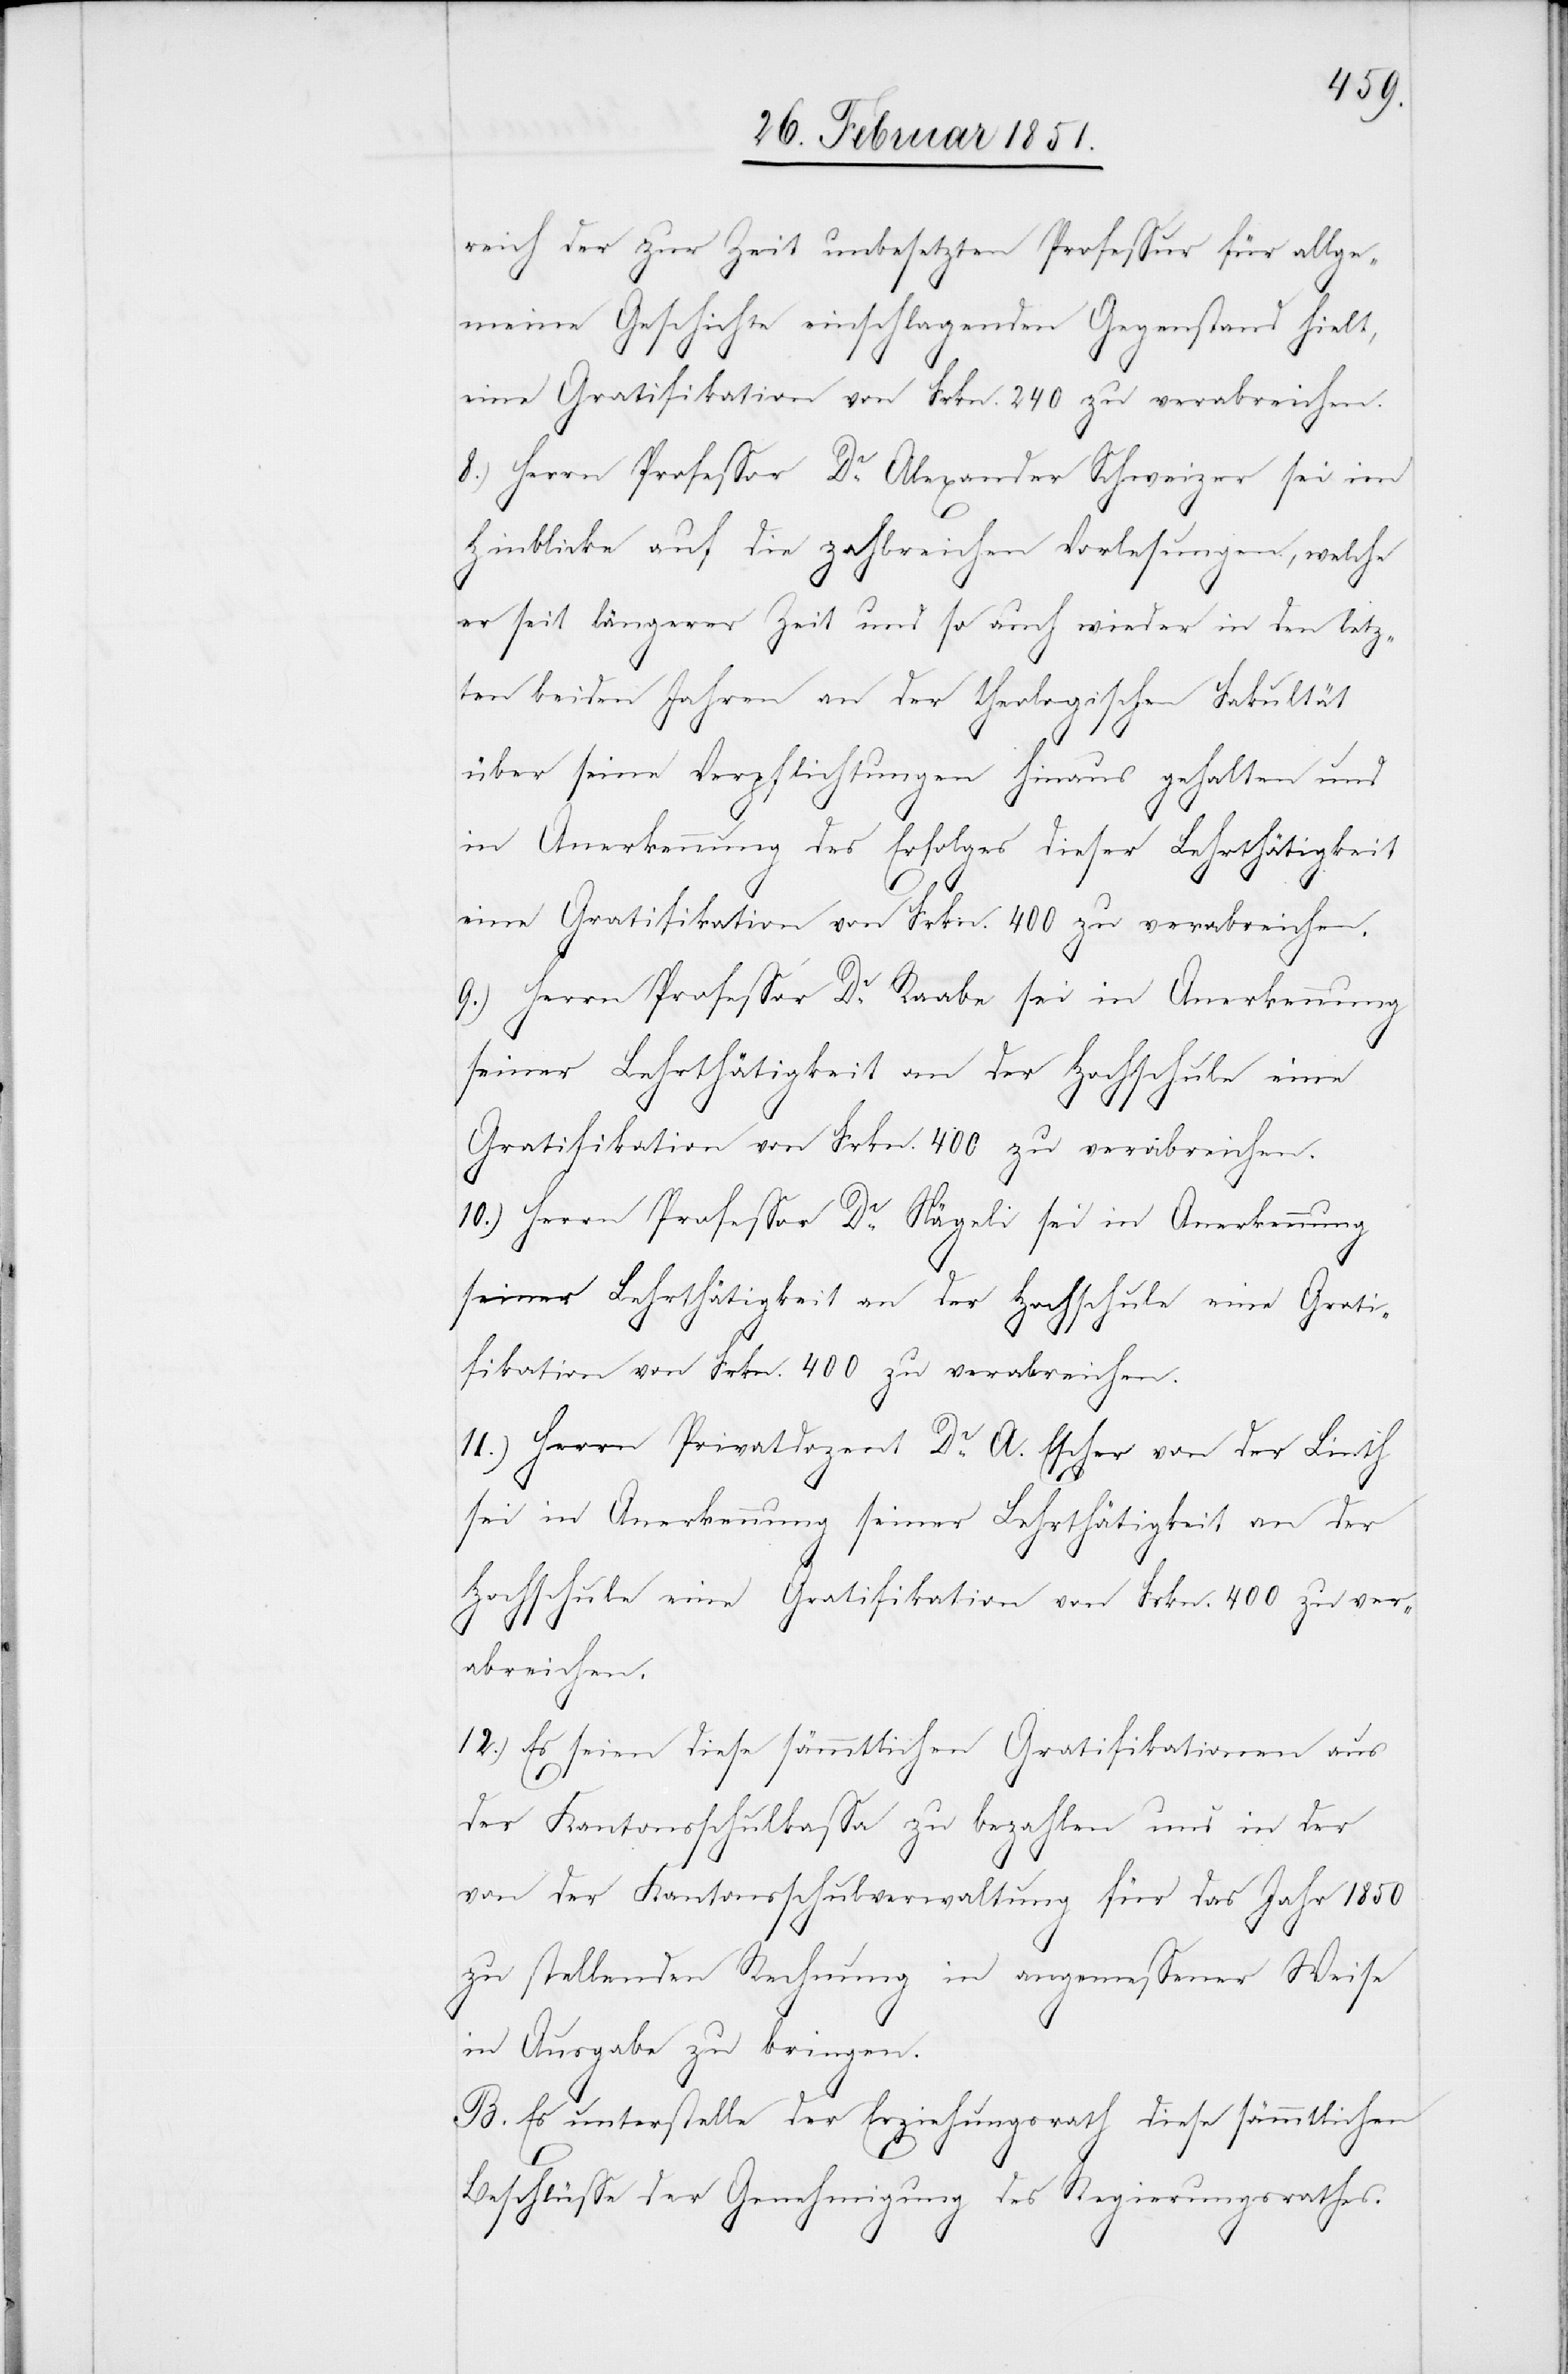
reich der zur Zeit unbesetzten Professur für allge¬
meine Geschichte einschlagenden Gegenstand hielt,
eine Gratifikation von Frkn. 240 zu verabreichen.
8.) Herrn Professor Dr. Alexander Schweizer sei im
Hinblicke auf die zahlreichen Vorlesungen, welche
er seit längerer Zeit und so auch wieder in den letz¬
ten beiden Jahren an der theologischen Fakultät
über seine Verpflichtungen hinaus gehalten und
in Anerkennung des Erfolges dieser Lehrthätigkeit
eine Gratifikation von Frkn. 400 zu verabreichen.
9.) Herrn Professor Dr. Raabe sei in Anerkennung
seiner Lehrthätigkeit an der Hochschule eine
Gratifikation von Frkn. 400 zu verabreichen.
10.) Herrn Professor Dr. Nägeli sei in Anerkennung
11.) Herrn Privatdozent Dr. A. Escher von der Linth
sei in Anerkennung seiner Lehrthätigkeit an der
Hochschule eine Gratifikation von Frkn. 400 zu ver¬
abreichen.
12.) Es seien diese sämmtlichen Gratifikationen aus
der Kantonsschulkassa zu bezahlen und in der
von der Kantonsschulverwaltung für das Jahr 1850
zu stellenden Rechnung in angemessener Weise
in Ausgabe zu bringen.
B. Es unterstelle der Erziehungsrath diese sämmtlichen
Beschlüsse der Genehmigung des Regierungsrathes.